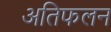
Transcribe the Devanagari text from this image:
अतिफलन